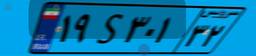
۱۹S۳۰۱۳۲